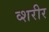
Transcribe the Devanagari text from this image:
व्शरीर